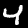
Digit: 4